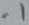
Text: .1